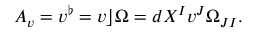
A _ { v } = v ^ { \flat } = v \rfloor \Omega = d X ^ { I } v ^ { J } \Omega _ { J I } .